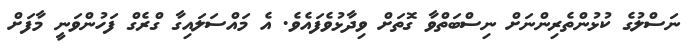
ނަސްލުގެ ކުޅުންތެރިންނަށް ނިސްބަތްވާ ގޮތަށް ވިދާޅުވެފައެވެ. އެ މައްސަލައިގާ ގްރެގް ފަހުންވަނީ މާފަށް